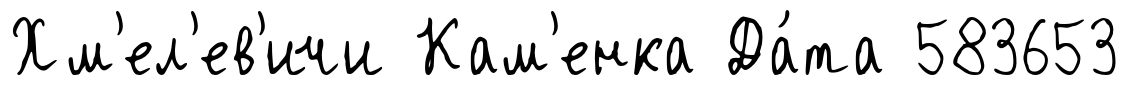
Хм'ел'ев'ичи Кам'енка Да́та 583653